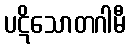
ပဋိသောတဂါမီ